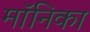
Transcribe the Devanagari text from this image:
माॅनिका